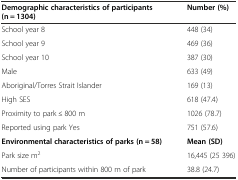
| Demographic characteristics of participants (n = 1304) | Number (%) |
 | --- | --- |
 | School year 8 | 448 (34) |
 | School year 9 | 469 (36) |
 | School year 10 | 387 (30) |
 | Male | 633 (49) |
 | Aboriginal/Torres Strait Islander | 169 (13) |
 | High SES | 618 (47.4) |
 | Proximity to park ≤ 800 m | 1026 (78.7) |
 | Reported using park Yes | 751 (57.6) |
 | Environmental characteristics of parks (n = 58) | Mean (SD) |
 | Park size m2 | 16,445 (25 396) |
 | Number of participants within 800 m of park | 38.8 (24.7) |